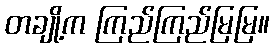
တချို့က ကြည်ကြည်မြမြ။